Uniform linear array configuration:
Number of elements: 64
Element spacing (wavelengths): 0.5
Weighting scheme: exponential
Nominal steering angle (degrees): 0
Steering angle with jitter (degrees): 0.9516
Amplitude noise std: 0.05
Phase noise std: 0.05

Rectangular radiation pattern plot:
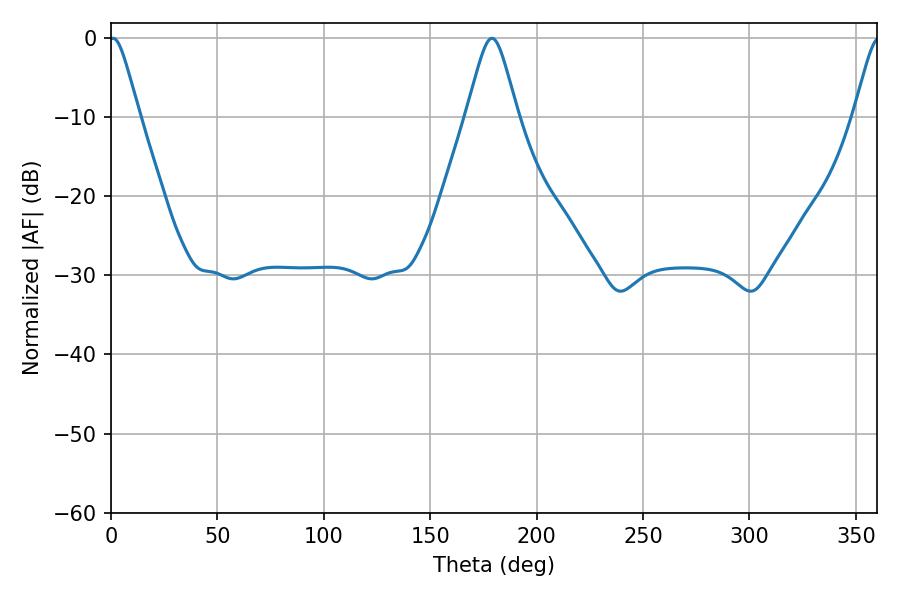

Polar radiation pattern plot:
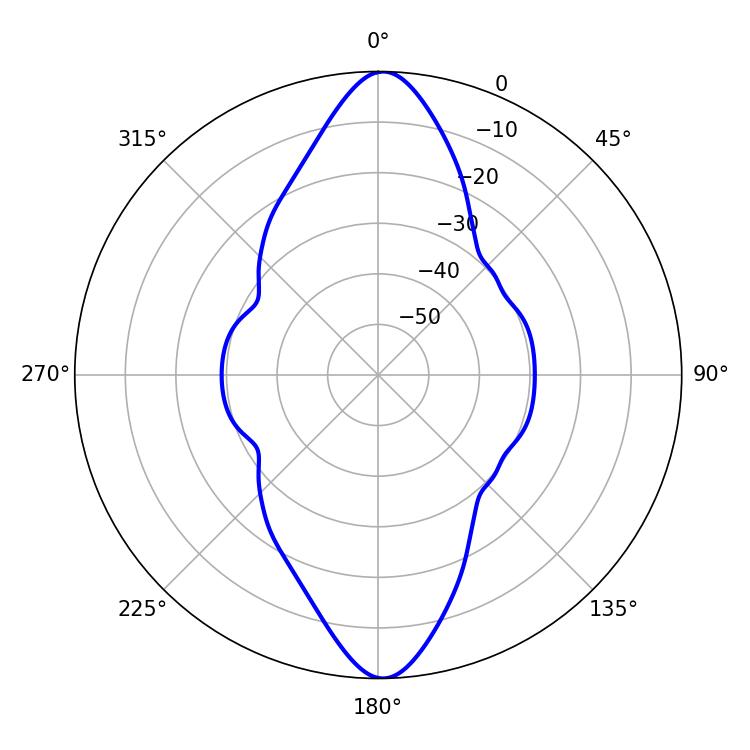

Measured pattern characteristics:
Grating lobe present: FALSE
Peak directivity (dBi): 24.946
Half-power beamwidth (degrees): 6.84
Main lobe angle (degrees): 0.9